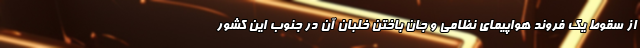
از سقوط یک فروند هواپیمای نظامی و جان باختن خلبان آن در جنوب این کشور